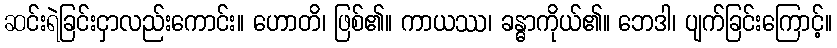
ဆင်းရဲခြင်းငှာလည်းကောင်း။ ဟောတိ၊ ဖြစ်၏။ ကာယဿ၊ ခန္ဓာကိုယ်၏။ ဘေဒါ၊ ပျက်ခြင်းကြောင့်။